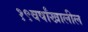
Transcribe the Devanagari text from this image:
१९वर्षांखालील